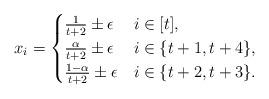
LaTeX: \begin{align*}x_i =\begin{cases}\frac{1}{t+2} \pm \epsilon & i\in [t], \\\frac{\alpha}{t+2} \pm \epsilon & i\in \{t+1, t+4\},\\\frac{1-\alpha}{t+2} \pm \epsilon & i\in\{t+2, t+3\}.\end{cases}\end{align*}